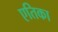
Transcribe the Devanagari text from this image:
एतिका